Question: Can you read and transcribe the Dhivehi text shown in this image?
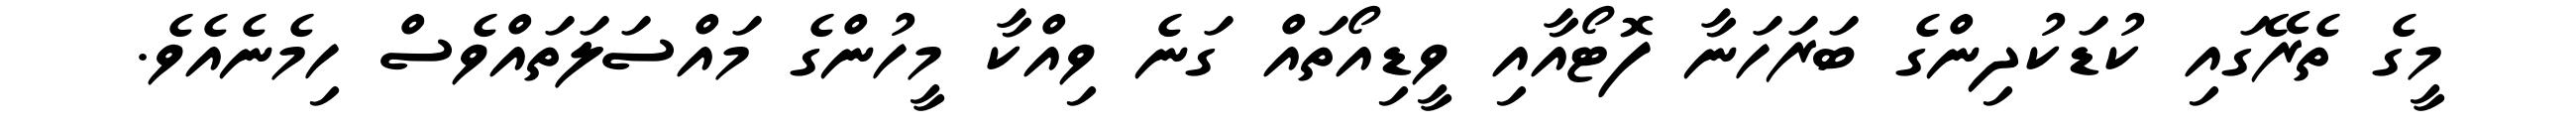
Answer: މީގެ ތެރޭގައި ކުޑަކުދިންގެ ބަރަހަނާ ފޮޓޯއާއި ވީޑިއޯތައް ގަނެ ވިއްކާ މީހުންގެ މައްސަލަތައްވެސް ހިމެނެއެވެ.